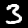
Label: 3